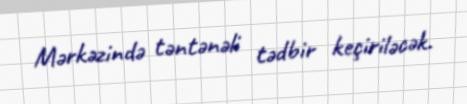
Mərkəzində təntənəli tədbir keçiriləcək.